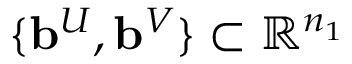
\{ \mathbf { b } ^ { U } , \mathbf { b } ^ { V } \} \subset \mathbb { R } ^ { n _ { 1 } }